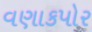
વણાકપોર